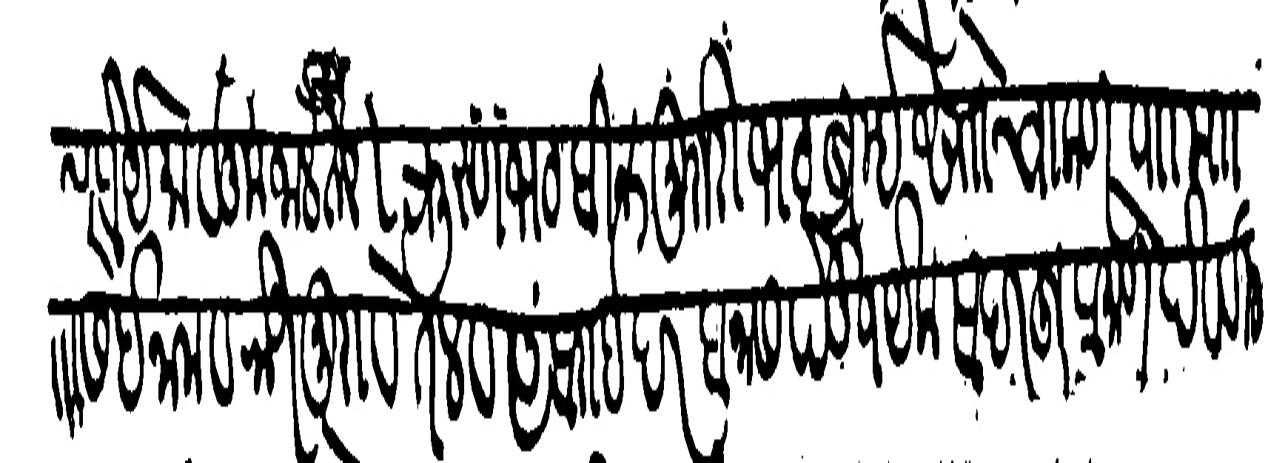
Transliteration (Devanagari): सरंजाम होए मालूम जाले तरी कृस्णभट बिन मुरारीभट ब्रहमे सोो चाकण पाा माा यासि इनाम व रोजमुरा व तेल व अंबराई दर बनास पेडी १ येक सदरहूप्रमाणे